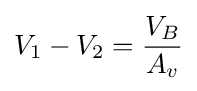
V_{1}-V_{2}={\frac {V_{B}}{A_{v}}}